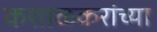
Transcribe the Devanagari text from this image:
कशाळकरांच्या